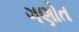
ગણોત